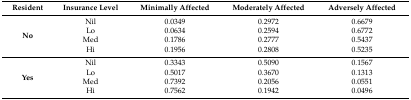
| Resident | Insurance Level | Minimally Affected | Moderately Affected | Adversely Affected |
 | --- | --- | --- | --- | --- |
 | <ROWSPAN=4> No | Nil | 0.0349 | 0.2972 | 0.6679 |
 | Lo | 0.0634 | 0.2594 | 0.6772 |
 | Med | 0.1786 | 0.2777 | 0.5437 |
 | Hi | 0.1956 | 0.2808 | 0.5235 |
 | <ROWSPAN=4> Yes | Nil | 0.3343 | 0.5090 | 0.1567 |
 | Lo | 0.5017 | 0.3670 | 0.1313 |
 | Med | 0.7392 | 0.2056 | 0.0551 |
 | Hi | 0.7562 | 0.1942 | 0.0496 |